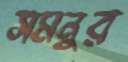
সমনুর